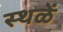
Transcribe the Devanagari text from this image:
स्थळें